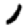
Digit: 1